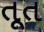
તૂત